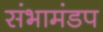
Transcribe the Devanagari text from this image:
संभामंडप